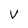
Character: V